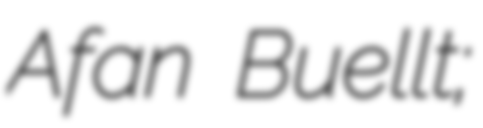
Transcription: Afan Buellt;